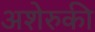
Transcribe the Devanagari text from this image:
अशेरुकी